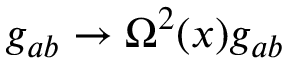
g _ { a b } \rightarrow \Omega ^ { 2 } ( x ) g _ { a b }